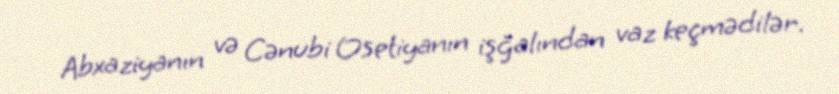
Abxaziyanın və Cənubi Osetiyanın işğalından vaz keçmədilər.